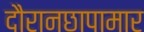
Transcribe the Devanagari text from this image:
दौरानछापामार